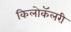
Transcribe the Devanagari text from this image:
किलोकॅलरी